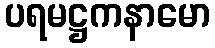
ပရမဋ္ဌကနာမော